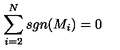
\sum _ { i = 2 } ^ { N } s g n ( M _ { i } ) = 0